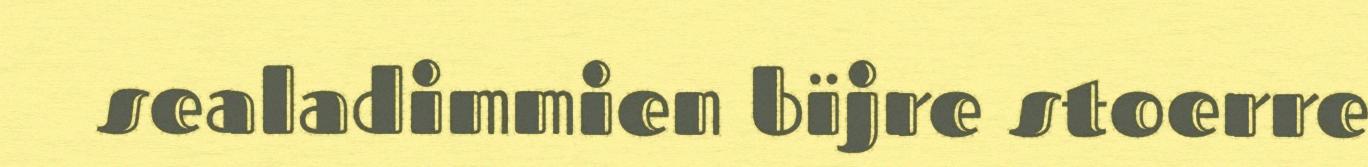
sealadimmien bïjre stoerre